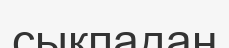
сықпадан